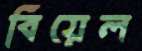
বিয়েল